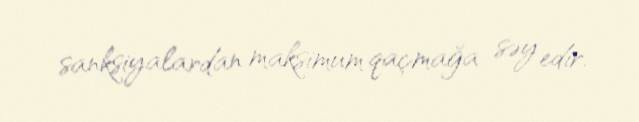
sanksiyalardan maksimum qaçmağa səy edir.